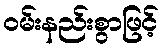
ဝမ်းနည်းစွာဖြင့်